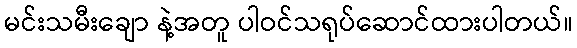
မင်းသမီးချော နဲ့အတူ ပါဝင်သရုပ်ဆောင်ထားပါတယ်။